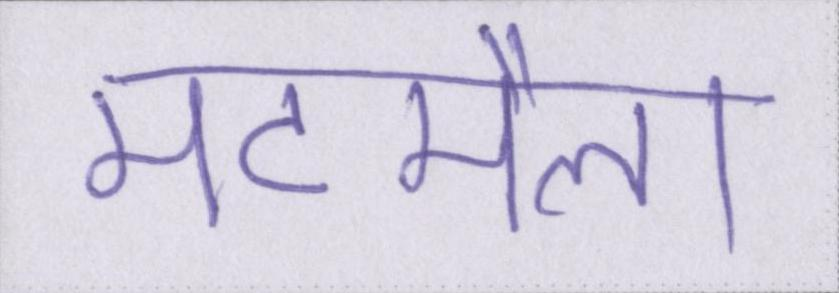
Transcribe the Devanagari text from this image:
मटमैला